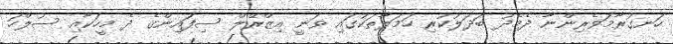
ހަނގުރާމަވެރިންނާ ދެމެދު ބަދަލުކުރި ހަމަލާތަކުގަައި ވަނީ އިޒްރޭލް ސިފައިންގެ ދެ މީހަކާއި ސުލްހަ